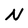
Character: N